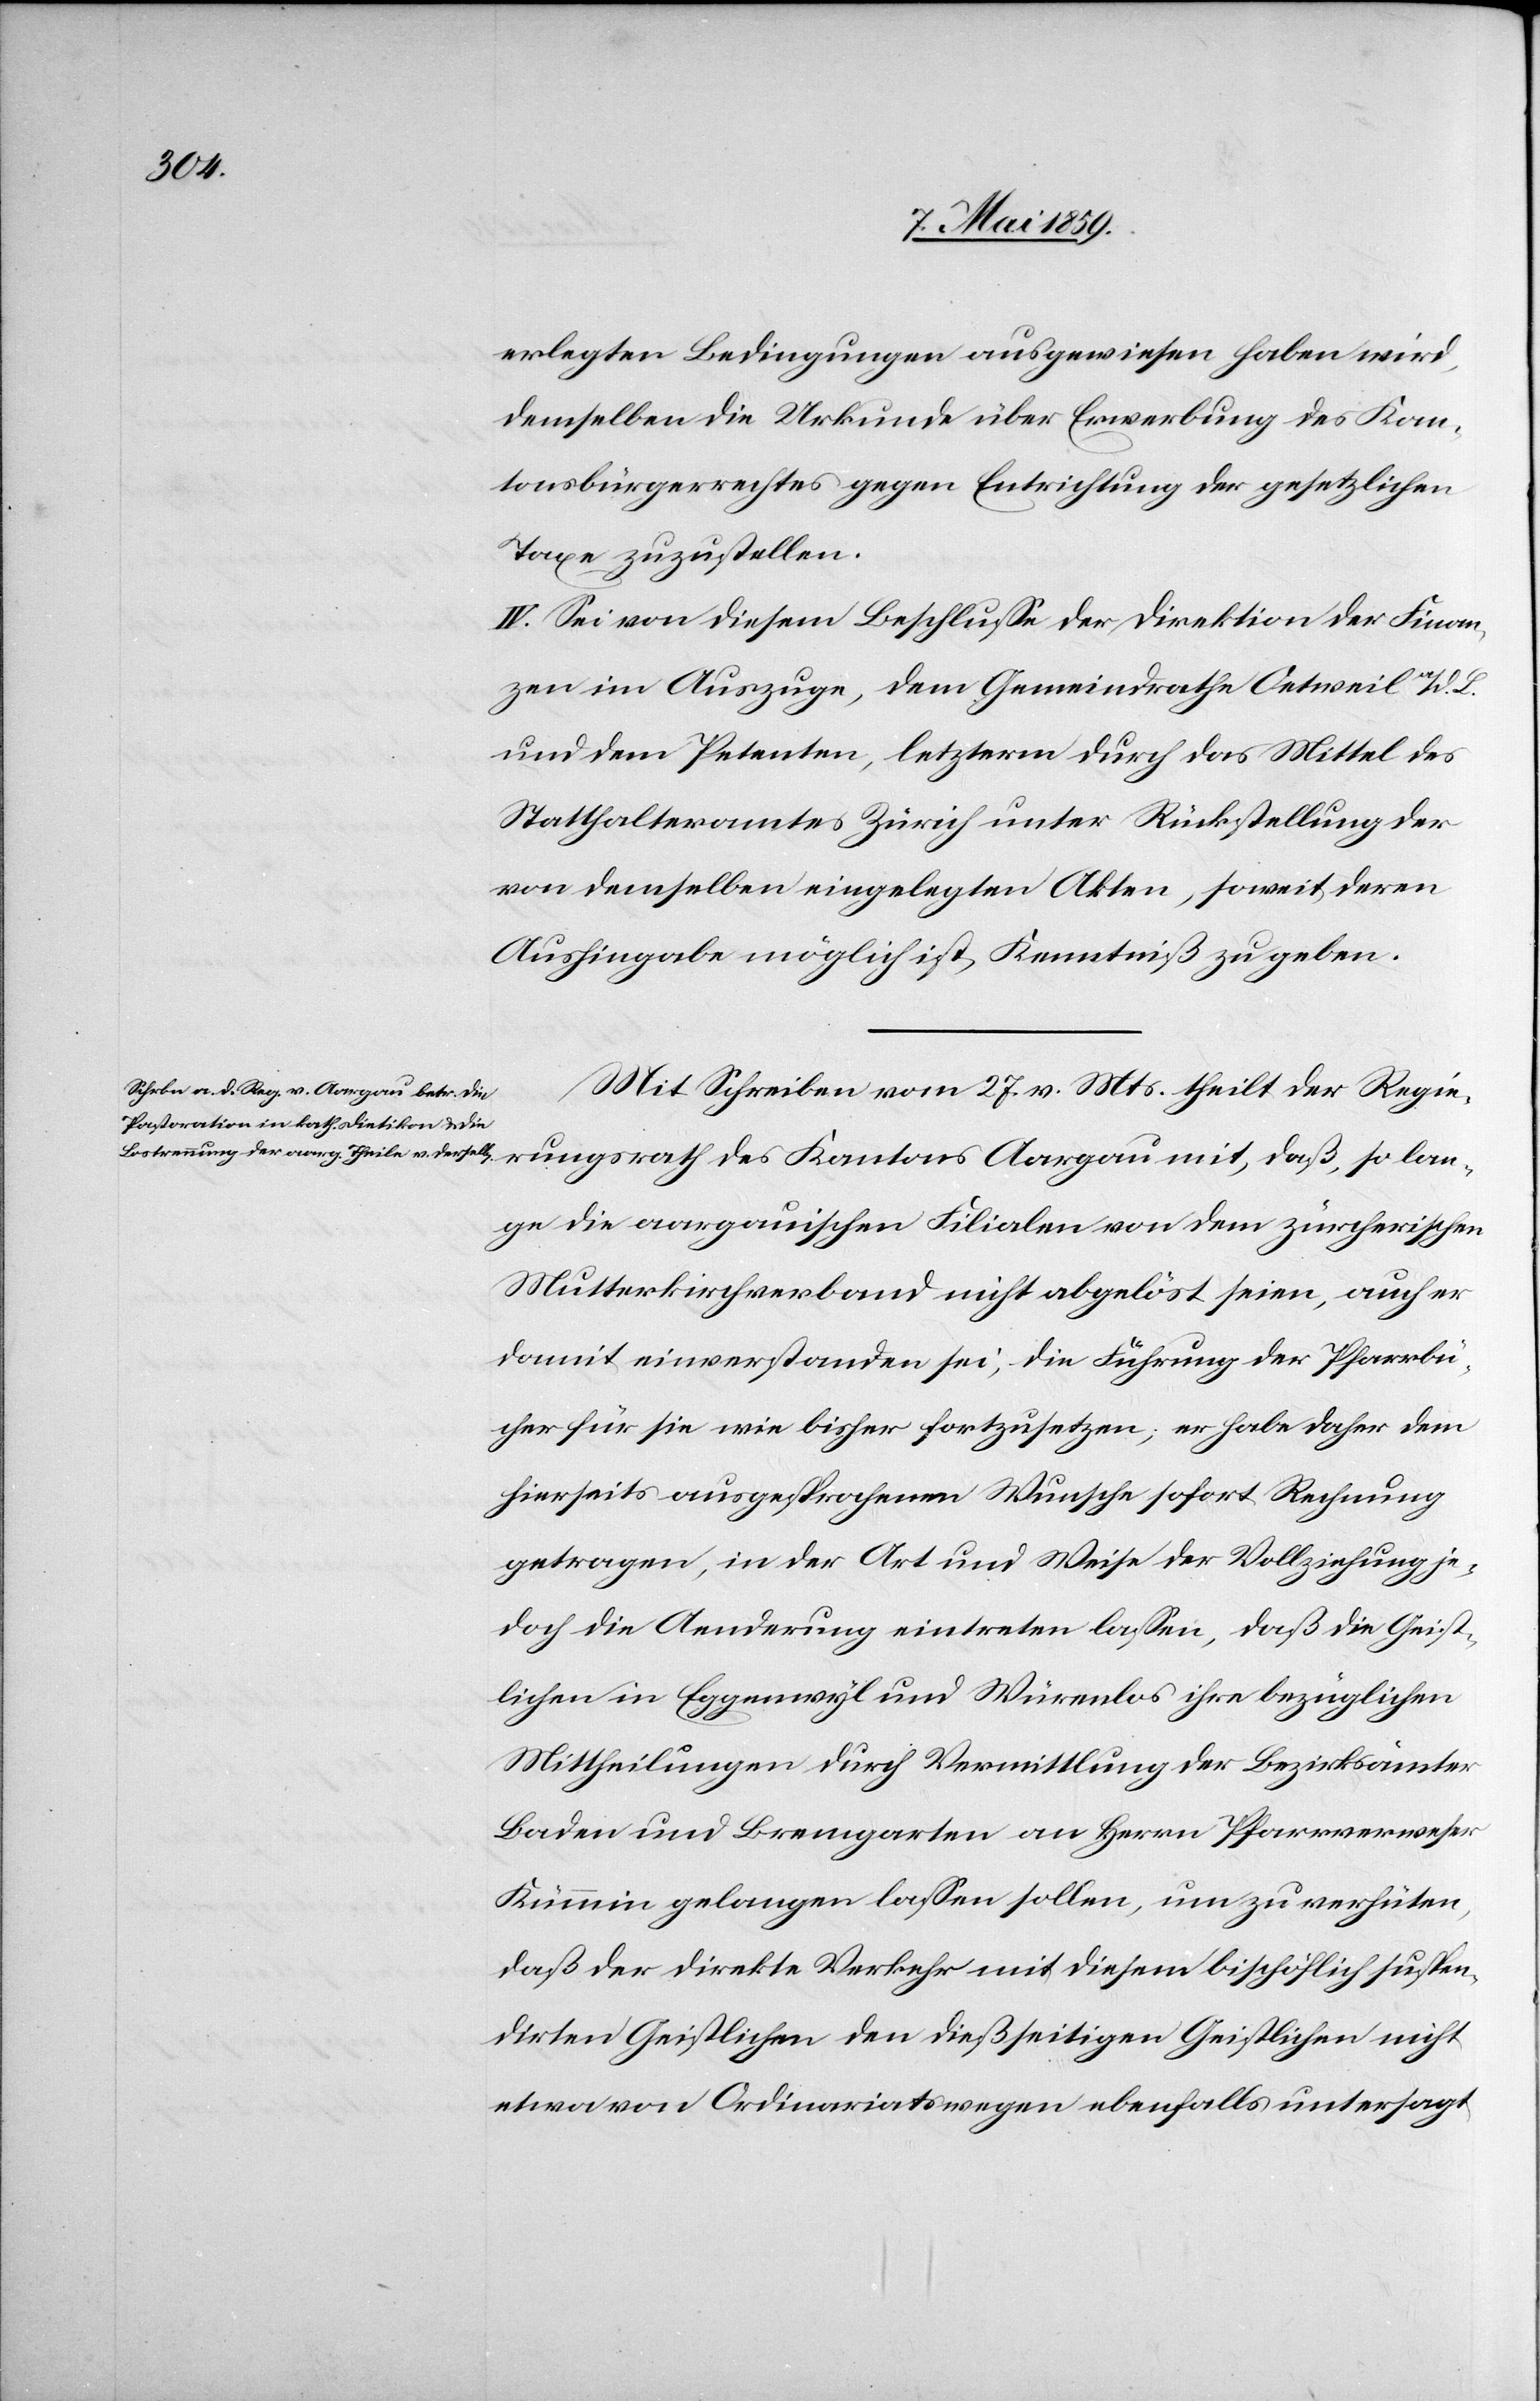
erlegten Bedingungen ausgewiesen haben wird,
demselben die Urkunde über Erwerbung des Kan¬
tonsbürgerrechtes gegen Entrichtung der gesetzlichen
Taxe zuzustellen.
IV. Sei von diesem Beschluße der Direktion der Finan¬
zen im Auszuge, dem Gemeindrathe Oetweil a/d. L.
und dem Petenten, letzterm durch das Mittel des
Statthalteramt Zürich unter Rückstellung der
von demselben eingelegten Akten, soweit deren
Aushingabe möglich ist, Kenntniß zu geben.
Mit Schreiben vom 27. v. Mts. theilt der Regie¬
rungsrath des Kantons Aargau mit, daß so lan¬
ge die aargauischen Filialen von dem zürcherischen
Mutterkirchverband nicht abgelöst seien, auch er
damit einverstanden sei, die Führung der Pfarrbü¬
cher für sie wie bisher fortzusetzen; er habe daher dem
hierseits ausgesprochenen Wunsche sofort Rechnung
getragen, in der Art und Weise der Vollziehung je¬
doch die Aenderung eintreten laßen, daß die Geist¬
lichen in Eggenwyl und Würenlos ihre bezüglichen
Mittheilungen durch Vermittlung der Bezirksämter
Baden und Bremgarten an Herrn Pfarrverweser
Kümmin gelangen laßen sollen, um zu verhüten,
daß der direkte Verkehr mit diesem bischöflich suspen¬
dirten Geistlichen den dießseitigen Geistlichen nicht
etwa von Ordinariatswegen ebenfalls untersagt